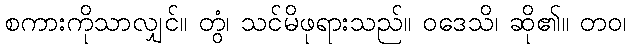
စကားကိုသာလျှင်။ တွံ၊ သင်မိဖုရားသည်။ ဝဒေသိ၊ ဆို၏။ တဝ၊